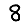
Digit: 8